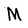
Character: M